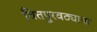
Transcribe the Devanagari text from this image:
वितपुरवठ्याचा